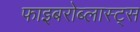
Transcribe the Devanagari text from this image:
फाइबरोब्लास्ट्स